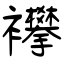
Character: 襻